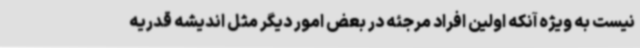
نیست به ویژه آنکه اولین افراد مرجئه در بعض امور دیگر مثل اندیشه قدریه